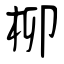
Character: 柳